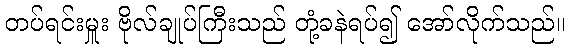
တပ်ရင်းမှူး ဗိုလ်ချုပ်ကြီးသည် တုံ့ခနဲရပ်၍ အော်လိုက်သည်။